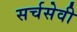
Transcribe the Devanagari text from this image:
सर्चसेवी